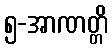
၅-အာဏတ္တိ